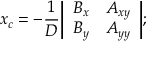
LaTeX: x _ { c } = - { \frac { 1 } { D } } { \left| \begin{array} { l l } { B _ { x } } & { A _ { x y } } \\ { B _ { y } } & { A _ { y y } } \end{array} \right| } ;